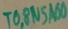
Text: TO,8N5A00